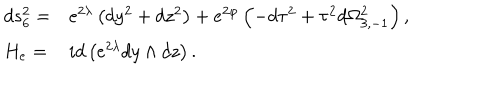
\begin{array} { l l } { { d s _ { 6 } ^ { 2 } = } } & { { e ^ { 2 \lambda } \left( d y ^ { 2 } + d z ^ { 2 } \right) + e ^ { 2 \varphi } \left( - d \tau ^ { 2 } + \tau ^ { 2 } d \Omega _ { 3 , - 1 } ^ { 2 } \right) , } } \\ { { H _ { e } = } } & { { i d \left( e ^ { 2 \lambda } d y \wedge d z \right) . } } \\ \end{array}